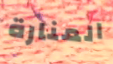
المنارة